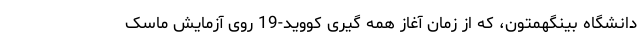
دانشگاه بینگهمتون، که از زمان آغاز همه گیری کووید-19 روی آزمایش ماسک